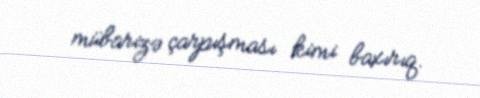
mübarizə çarpışması kimi baxırıq.